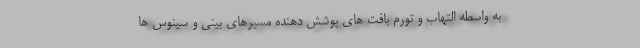
به واسطه التهاب و تورم بافت های پوشش دهنده مسیرهای بینی و سینوس ها